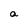
Character: a